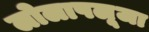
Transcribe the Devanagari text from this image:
लोलापलूजा